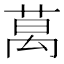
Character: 𫈧